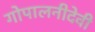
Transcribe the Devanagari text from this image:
गोपालनीदेवी